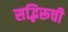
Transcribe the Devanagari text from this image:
सद्भिरूची